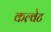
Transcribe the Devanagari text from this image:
कल्वेट